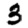
Digit: 3